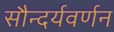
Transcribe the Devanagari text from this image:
सौन्दर्यवर्णन